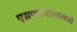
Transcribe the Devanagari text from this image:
एसएलपीएलमध्ये